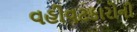
વહીવટકારોની